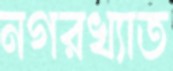
নগরখ্যাত